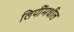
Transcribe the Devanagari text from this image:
लिपींमधील